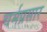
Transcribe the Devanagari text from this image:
चर्मप्रसार